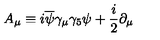
A _ { \protect \mu } \equiv i \overline { { \protect \psi } } \protect \gamma _ { \protect \mu } \protect \gamma _ { 5 } \protect \psi + \frac { i } { 2 } \partial _ { \protect \mu } \protect